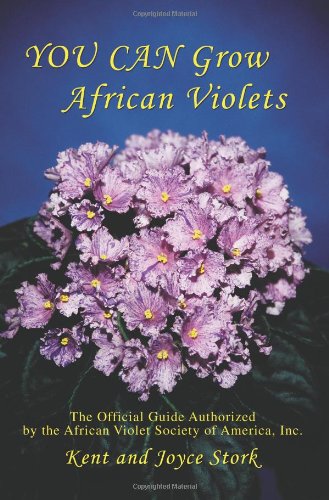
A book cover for You Can Grow African Violets: The Official Guide Authorized by the African Violet Society of America, Inc.; Joyce Stork; Crafts, Hobbies & Home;